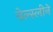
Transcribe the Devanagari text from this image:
वेल्स्लीने